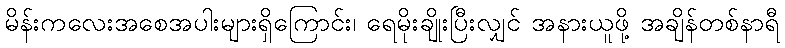
မိန်းကလေးအစေအပါးများရှိကြောင်း၊ ရေမိုးချိုးပြီးလျှင် အနားယူဖို့ အချိန်တစ်နာရီ